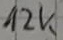
Text: 12k